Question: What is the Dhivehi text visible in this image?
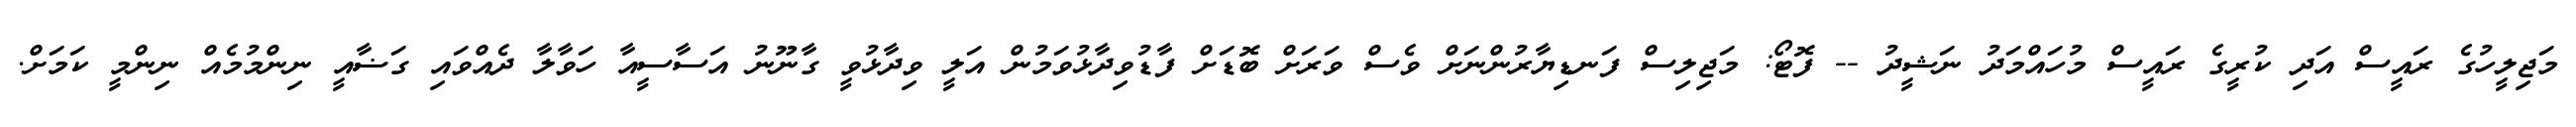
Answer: މަޖިލީހުގެ ރައީސް އަދި ކުރީގެ ރައީސް މުހައްމަދު ނަޝީދު -- ފޮޓޯ: މަޖިލިސް ފަނޑިޔާރުންނަށް ވެސް ވަރަށް ބޮޑަށް ފާޑުވިދާޅުވަމުން އަލީ ވިދާޅުވީ ގާނޫނު އަސާސީއާ ހަވާލާ ދެއްވައި ގަޟާއީ ނިންމުމެއް ނިންމީ ކަމަށް.